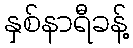
နှစ်နာရီခန့်